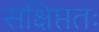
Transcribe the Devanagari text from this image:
संक्षिप्ततः